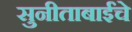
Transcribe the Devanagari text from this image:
सुनीताबाईंचे